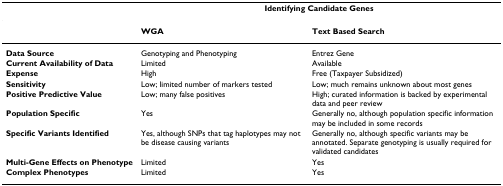
<table><thead><tr><td></td><td colspan="2"><b>Identifying Candidate Genes</b></td></tr></thead><tbody><tr><td></td><td><b>WGA</b></td><td><b>Text Based Search</b></td></tr><tr><td><b>Data Source</b></td><td>Genotyping and Phenotyping</td><td>Entrez Gene</td></tr><tr><td><b>Current Availability of Data</b></td><td>Limited</td><td>Available</td></tr><tr><td><b>Expense</b></td><td>High</td><td>Free (Taxpayer Subsidized)</td></tr><tr><td><b>Sensitivity</b></td><td>Low; limited number of markers tested</td><td>Low; much remains unknown about most genes</td></tr><tr><td><b>Positive Predictive Value</b></td><td>Low; many false positives</td><td>High; curated information is backed by experimental data and peer review</td></tr><tr><td><b>Population Specific</b></td><td>Yes</td><td>Generally no, although population specific information may be included in some records</td></tr><tr><td><b>Specific Variants Identified</b></td><td>Yes, although SNPs that tag haplotypes may not be disease causing variants</td><td>Generally no, although specific variants may be annotated. Separate genotyping is usually required for validated candidates</td></tr><tr><td><b>Multi-Gene Effects on Phenotype</b></td><td>Limited</td><td>Yes</td></tr><tr><td><b>Complex Phenotypes</b></td><td>Limited</td><td>Yes</td></tr></tbody></table>